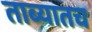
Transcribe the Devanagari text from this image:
ताब्यातच